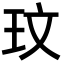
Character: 玟